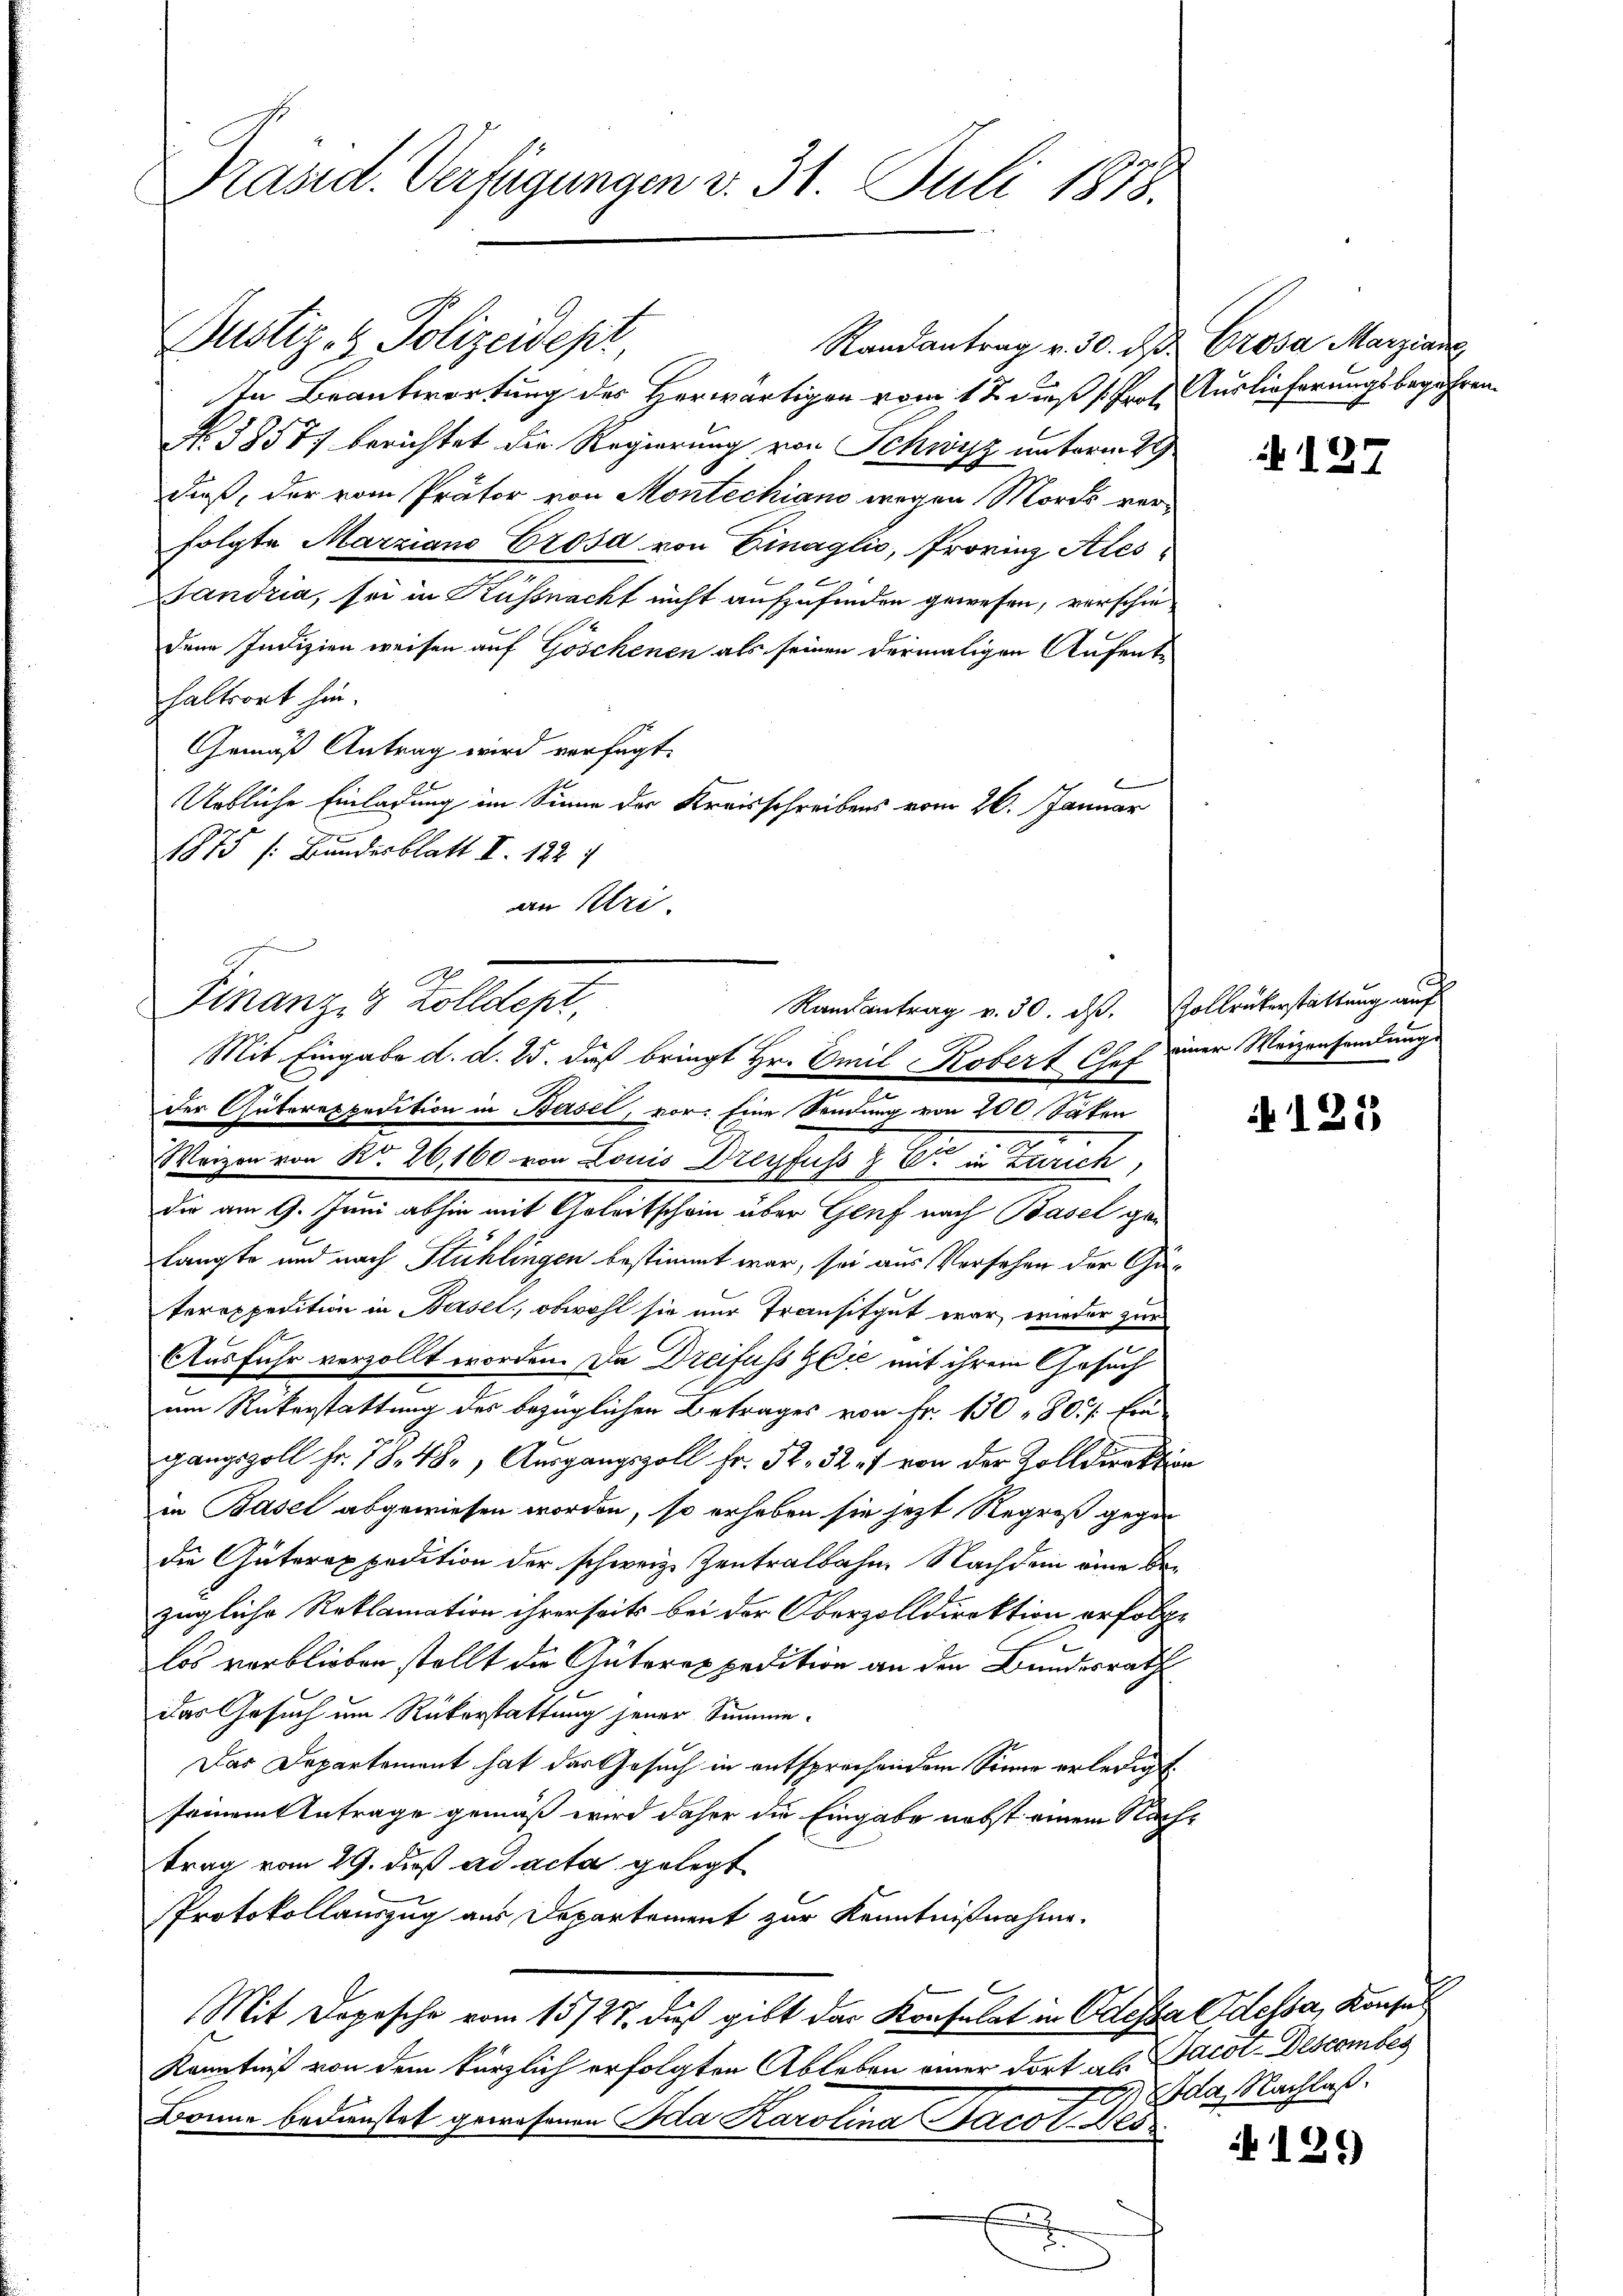
Präsid. Verfügungen v. 31. Juli 1878.

Randantrag v. 30. d. Crosa Marziane
In Beantwortung des Herwärtigen vom 12. dieß (Prot. Auslieferungsbegehren
No. 1857 berichtet die Regierung von Schwyz unterm 29
daß, der vom Prätor von Montechiano wegen Mords verfolgte Marzians Grosa von Einaglio, Provinz Ales
Landria, sei in Küssnacht nicht aufzufinden gewesen, verschiedenn Indizien weisen auf Göschenen als seinen dermaligen Aufent-
haltsort hin.
Gemäß Antrag wird verfügt:
Urbliche Einladung im Sinne der Kreisschreibens vom 26. Januar
1875 /: Bundesblatt II. 122 1
an Stri

Dustiz- & Polizeidept

Finanz- 8 Zolldept,

Randantrag v. 30. dß. Vollgüterstattung auf
Mit Eingabe d. d. 25. daß bringt Hr. Emil Kobert Chef einer Weigensendungs

der Güterexpedition in Basel, vor: Eine Sendung von 200 Saken
Weizen von Kr. 26, 160 von Louis Dreyfuss der in Zürich,
die am 9. Juni abhin mit Geleitschein über Genf nach Basel gelangte und nach Stühlingen bestimmt war, sei aus Versehen der Guterexpedition in Basel, obwohl sie nur Transitgut war, wieder zur
Ausfuhr verzollt worden. Da Dreifuss sie mit ihrem Gesuch
um Rückerstattung des bezüglichen Betrages von Fr. 130 " 80 f. Ein
gangszoll Fr. 1848, Ausgangszoll Fr. 32. 327 von der Zolldirektion
in Basel abgewiesen worden, so erheben sie jetzt Regreß gegen
die Güterexpedition der schweiz. Zentralbahn. Nachdem eine Bezügliche Reklamation ihrerseits bei der Oberzolldirektion erfolge
los verblieben stellt die Güterexpedition an den Bundesrath
das Gesuch um Rükerstattung jener Summe.
Das Departement hat das Gesuch in entsprochendem Sinne erledigt.
seinem Antrage gemäß wird daher die Eingabe nebst einem Nachtrag vom 29. dieß ad acta gelegt
Protokollauszug aus Departement zur Kenntnißnahme.
Mit Depesche vom 15/27. daß gibt das Konsulat in Odessa Odessa, Konses
Kenntniß von dem kürzlich erfolgten Ableben einer dort als Bacoi-Descombés
Bonne bedienstet gewesenen Ada Karolina Jacot. Des
x

N 127

125

da Nachlaß

121)